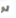
لو